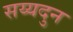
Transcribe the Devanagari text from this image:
सय्यदुन